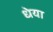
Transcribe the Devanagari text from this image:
धेया